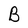
Character: B